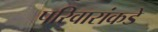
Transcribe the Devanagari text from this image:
परिवारांकडे